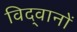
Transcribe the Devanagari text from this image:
विद्‍वानों